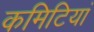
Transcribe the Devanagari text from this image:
कमिटियां